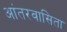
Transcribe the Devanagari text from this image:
आंतरवासिता